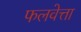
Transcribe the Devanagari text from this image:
फलवेत्ता